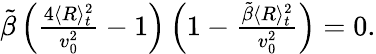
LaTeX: \begin{array}{r}{\tilde{\beta}\left(\frac{4\langle R\rangle_{t}^{2}}{v_{0}^{2}}-1\right)\left(1-\frac{\tilde{\beta}\langle R\rangle_{t}^{2}}{v_{0}^{2}}\right)=0.}\end{array}